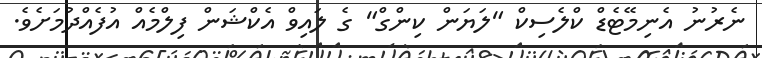
ނެރުނު އެނިމޭޓެޑް ކްލެސިކް "ލަޔަން ކިންގް" ގެ ލައިވް އެކްޝަން ފިލްމެއް އުފެއްދުމަށެވެ.